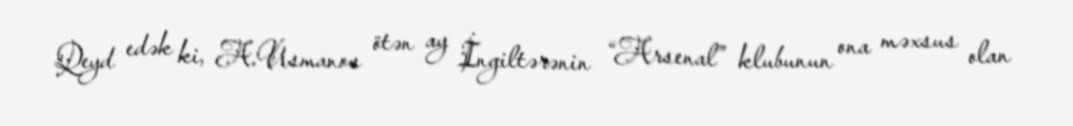
Qeyd edək ki, A.Usmanov ötən ay İngiltərənin “Arsenal” klubunun ona məxsus olan